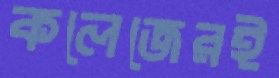
কলেজেরই